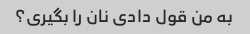
به من قول دادی نان را بگیری؟